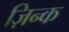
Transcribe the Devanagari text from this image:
ज़िन्क